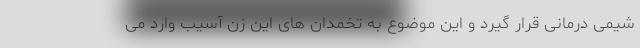
شیمی درمانی قرار گیرد و این موضوع به تخمدان های این زن آسیب وارد می